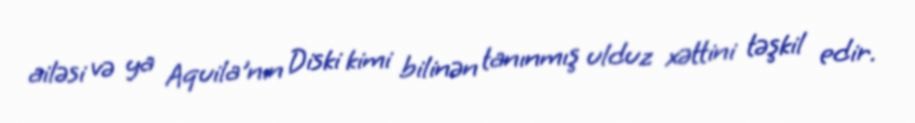
ailəsi və ya Aquila'nın Diski kimi bilinən tanınmış ulduz xəttini təşkil edir.